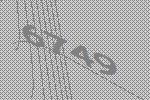
6749